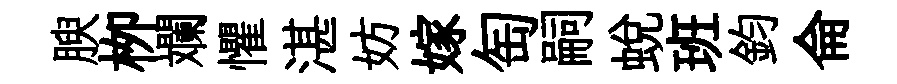
腴栁斕懼湛妨嫁匋嗣蜕班鈞侖